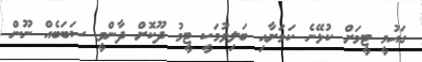
ގައުމީ ޓީމަށް ކުޅޭނެ ކަމަށާއި ބަލިވުމަކީ ޓީމު ދޫކޮށް ދާންވީ ސަބަބެއް ނޫން